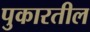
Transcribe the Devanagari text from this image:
पुकारतील